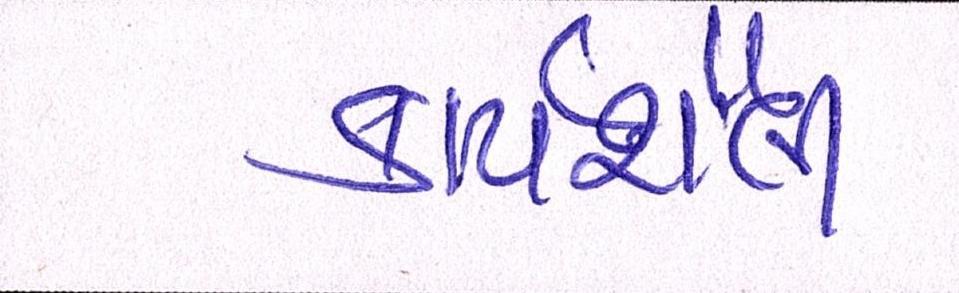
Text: કાર્યશૈલી